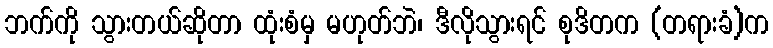
ဘက်ကို သွားတယ်ဆိုတာ ထုံးစံမှ မဟုတ်ဘဲ၊ ဒီလိုသွားရင် စုဒိတက (တရားခံ)က